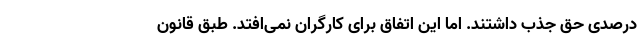
درصدیِ حق جذب داشتند. اما این اتفاق برای کارگران نمی‌افتد. طبق قانون